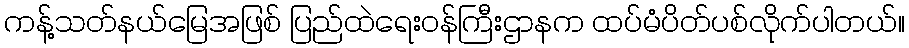
ကန့်သတ်နယ်မြေအဖြစ် ပြည်ထဲရေးဝန်ကြီးဌာနက ထပ်မံပိတ်ပစ်လိုက်ပါတယ်။